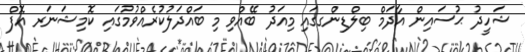
ޝަހީދު ޙުސައިން އާދަމް ބިލްޑިންގގައި މިއަދު ބޭއްވި މި ބައްދަލުކުރެއްވުމުގައި ކޮމިޝަނަރ އޮފް